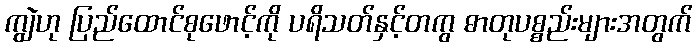
ကျွဲဟု ပြည်ထောင်စုဖောင့်ကို ပရိသတ်နှင့်တကွ ဓာတုပစ္စည်းများအတွက်